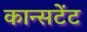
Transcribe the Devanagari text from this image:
कान्सटेंट